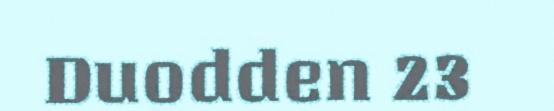
Duodden 23